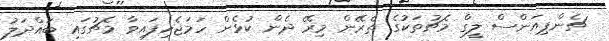
ޗެންޕިއަންސް ލީގް މެޗުތަކުގެ ތެރޭން މިރޭ ދެން ކުޅެން ހަމަޖެހިފައިވާ މެޗުގައި ބައްދަލު